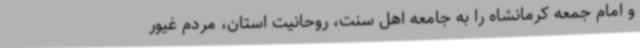
و امام جمعه کرمانشاه را به جامعه اهل سنت، روحانیت استان، مردم غیور